Scientific memoirs by medical officers of the Army of India - Part XI,
Year: 1898
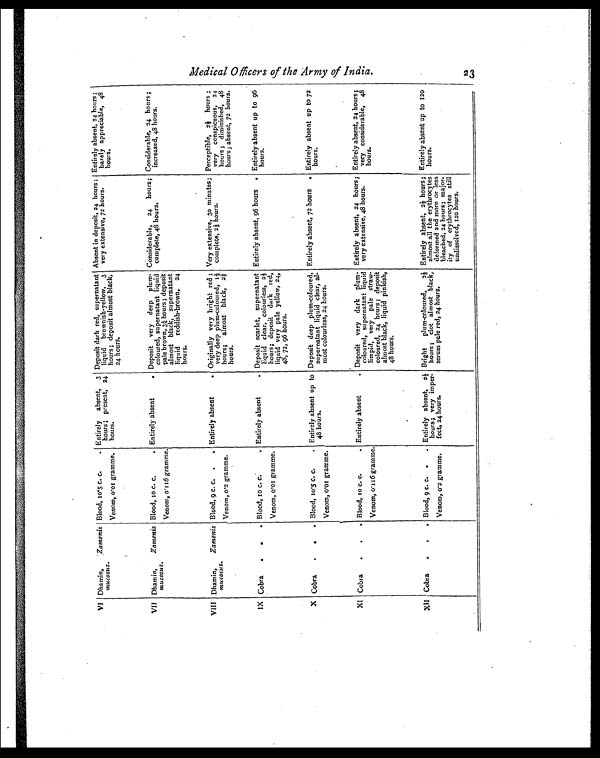
VI Dhamin,
Zamenis
mucosus.
Blood, 10.5 c. c.
.
Venom, 0.01 gramme.
Entirely absent, 3
hours; present, 24
hours.
Deposit dark red, supernatant
liquid brownish-yellow, 3
hours; deposit almost black,
24 hours.
Absent in deposit, 24 hours;
very extensive, 72 hours.
Entirely absent, 24 hours;
barely appreciable, 48
hours.
VII Dhamin,
Zamenis
mucosus.
Blood, 10 c. c.
.
Venom, 0.116 gramme.
Entirely absent
. Deposit very deep plum-
coloured, supernatant liquid
pale brown, 3¼ hours; deposit
almost black, supernatant
liquid reddish-brown, 24
hours.
Considerable, 24 hours;
complete, 48 hours.
Considerable, 24 hours;
increased, 48 hours.
VIII Dhamin,
Zamenis
mucosus.
Blood, 9 c. c. .
.
Venom, 0.2 gramme.
Entirely absent
. Originally very bright red;
very deep plum-coloured, 1½
hours; almost black, 2½
hours.
Very extensive, 30 minutes;
complete, 2½ hours.
Perceptible, 2½ hours;
very conspicuous, 24
hours; diminished, 48
hours; absent, 72 hours
IX Cobra . . Blood, 10 c. c. .
Venom, 0.01 gramme.
Entirely absent . Deposit scarlet, supernatant
liquid clear, colourless, 2½
hours; deposit dark red,
liquid very pale yellow, 24,
48, 72, 96 hours.
Entirely absent, 96 hours . Entirely absent up to 96
hours.
X Cobra . . Blood, 10.5 c. c. .
Venom, 0.01 gramme.
Entirely absent up to
48 hours.
Deposit deep plum-coloured,
supernatant liquid clear, al-
most colourless, 24 hours.
Entirely absent, 72 hours . Entirely absent up to 72
hours.
XI Cobra
. . Blood, 10 c. c. .
Venom, 0.116 gramme.
Entirely absent . Deposit very dark plum-
coloured, supernatant liquid
limpid, very pale straw-
coloured, 24 hours; deposit
almost black, liquid pinkish,
48 hours.
Entirely absent, 24 hours;
very extensive, 48 hours.
Entirely absent, 24 hours;
very considerable, 48
hours.
XII Cobra
. . Blood, 9 c. c. . .
Venom, 0.2 gramme.
Entirely absent, 2½
hours; very imper-
feet, 24 hours.
Bright plum-coloured, 2½
hours; clot almost black,
serum pale red, 24 hours.
Entirely absent, 2½ hours;
almost all the erythrocytes
deformed and more or less
bleached, 24 hours; major-
ity of erythrocytes still
undissolved, 120 hours.
Entirely absent up to 120
hours.